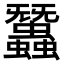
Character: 𧕽